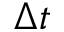
\Delta t